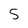
Character: 5